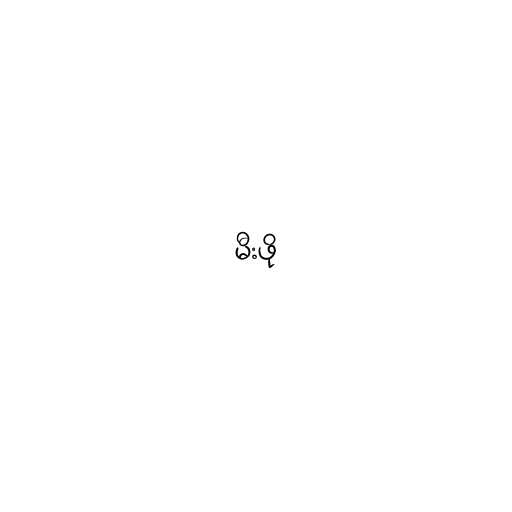
မီးဖို